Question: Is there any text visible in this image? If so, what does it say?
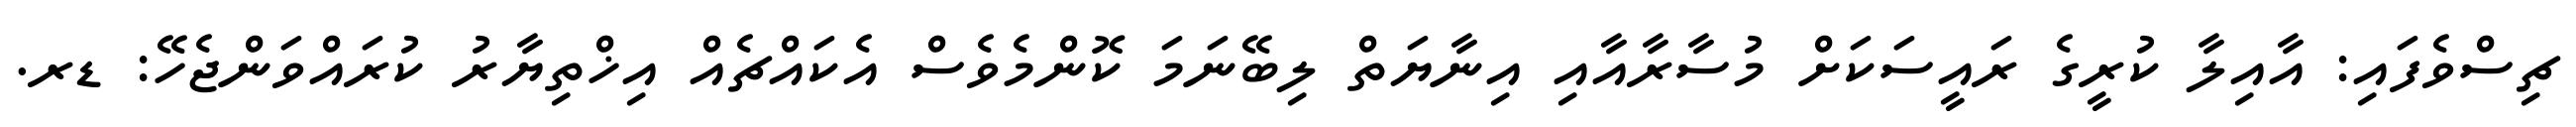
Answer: ޗިސްވެފައި: އާއިލާ ކުރީގެ ރައީސަކަށް މުސާރާއާއި އިނާޔަތް ލިބޭނަމަ ކޮންމެވެސް އެކައްޗެއް އިޚްތިޔާރު ކުރައްވަންޖެހޭ: ޑރ.